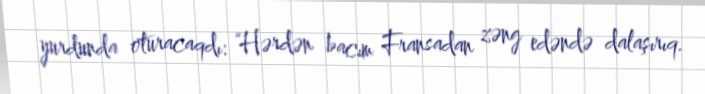
yurdunda oturacaqdı: “Hərdən bacım Fransadan zəng edəndə dalaşırıq.